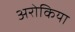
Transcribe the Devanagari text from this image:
अरोकिया